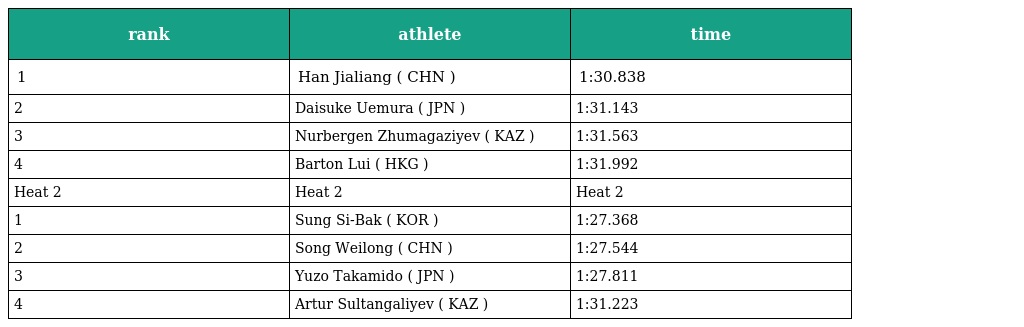
| rank | athlete | time |
 | --- | --- | --- |
 | 1 | Han Jialiang ( CHN ) | 1:30.838 |
 | 2 | Daisuke Uemura ( JPN ) | 1:31.143 |
 | 3 | Nurbergen Zhumagaziyev ( KAZ ) | 1:31.563 |
 | 4 | Barton Lui ( HKG ) | 1:31.992 |
 | Heat 2 | Heat 2 | Heat 2 |
 | 1 | Sung Si-Bak ( KOR ) | 1:27.368 |
 | 2 | Song Weilong ( CHN ) | 1:27.544 |
 | 3 | Yuzo Takamido ( JPN ) | 1:27.811 |
 | 4 | Artur Sultangaliyev ( KAZ ) | 1:31.223 |